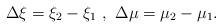
LaTeX: \begin{align*}\Delta\xi=\xi_2-\xi_1\,\,,\,\,\Delta\mu=\mu_2-\mu_1.\end{align*}